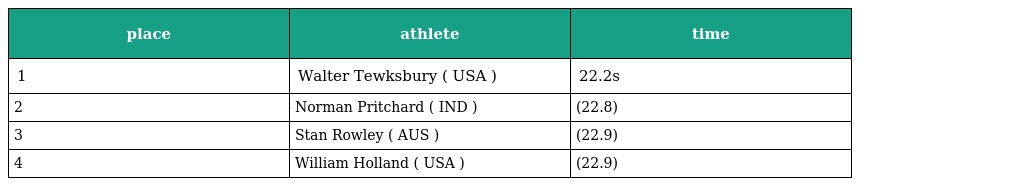
| place | athlete | time |
 | --- | --- | --- |
 | 1 | Walter Tewksbury ( USA ) | 22.2s |
 | 2 | Norman Pritchard ( IND ) | (22.8) |
 | 3 | Stan Rowley ( AUS ) | (22.9) |
 | 4 | William Holland ( USA ) | (22.9) |